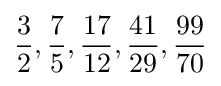
{\frac {3}{2}},{\frac {7}{5}},{\frac {17}{12}},{\frac {41}{29}},{\frac {99}{70}}